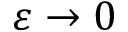
\varepsilon \to 0